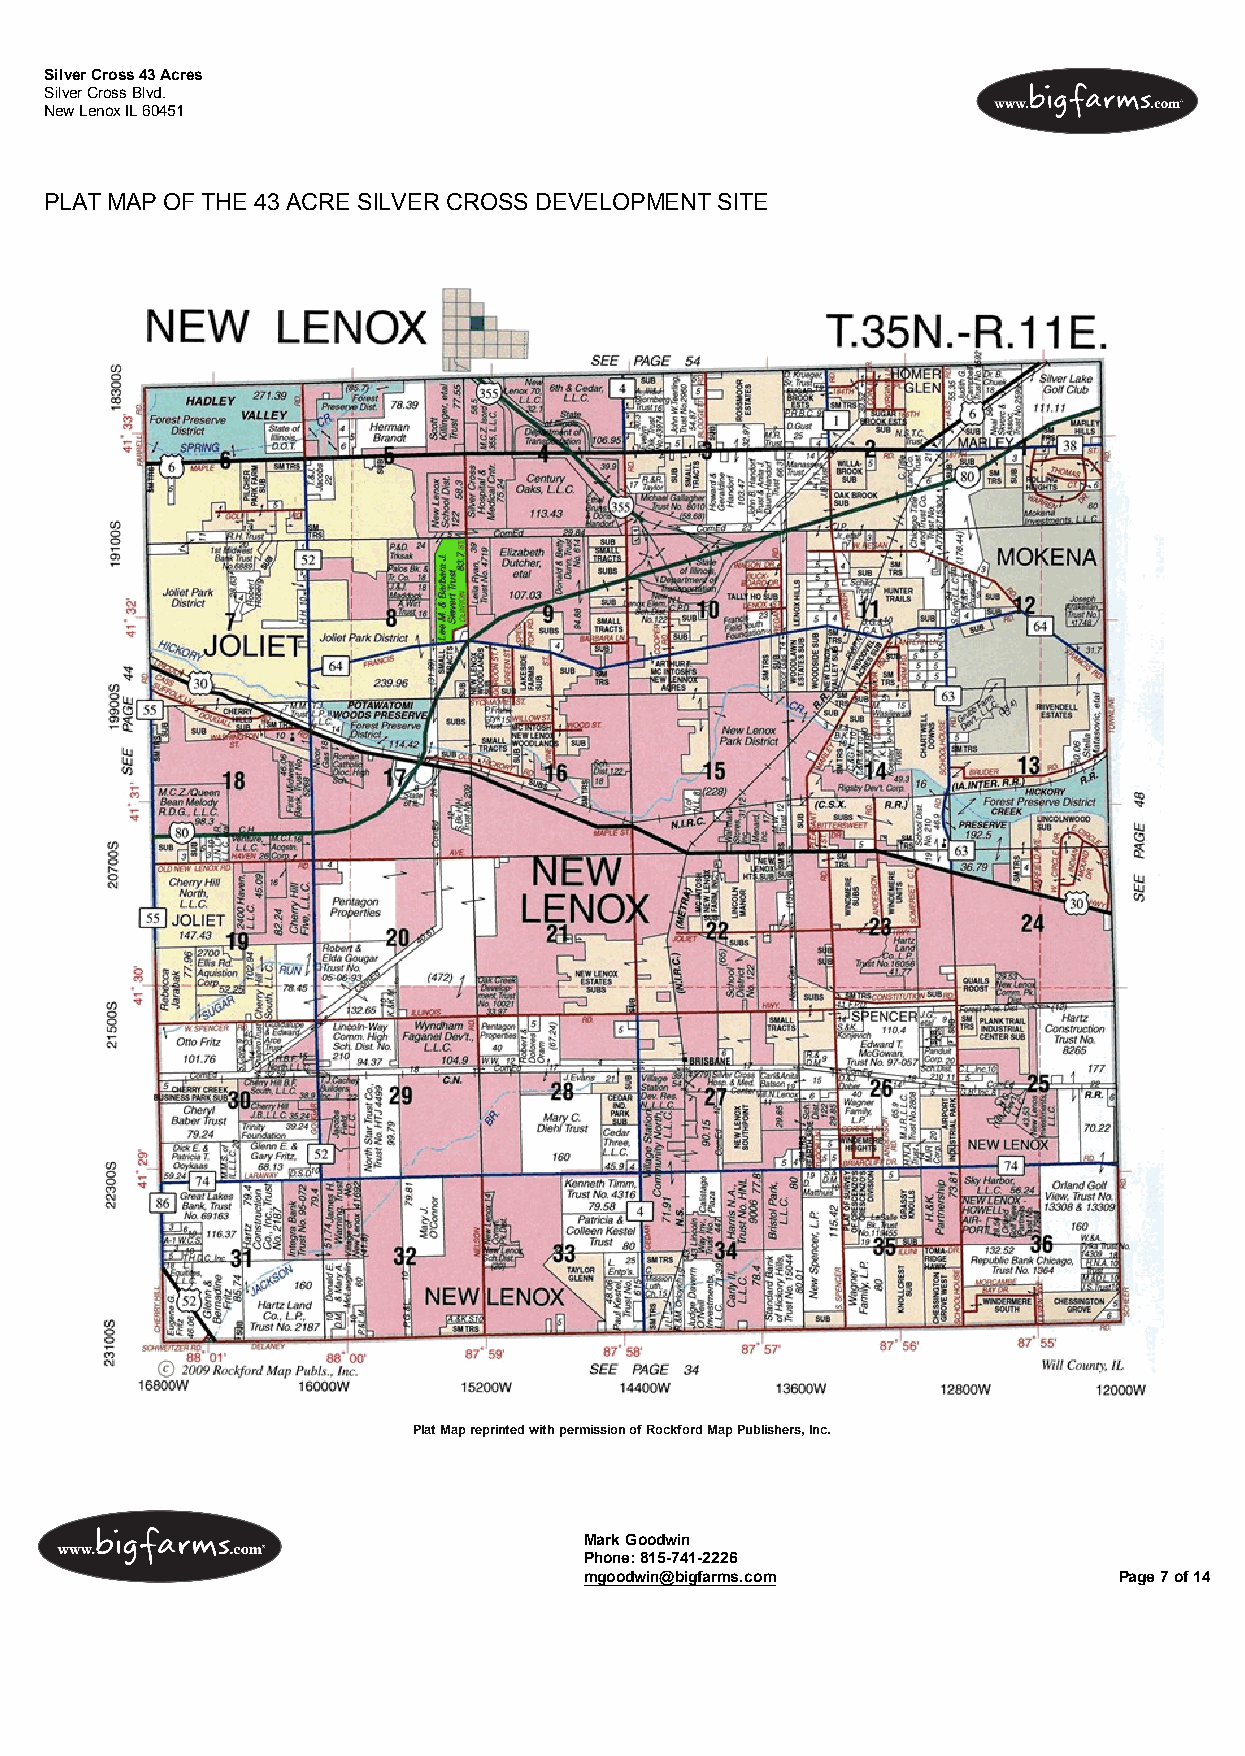
Silver Cross 43 Acres
 Silver Cross Blvd.
 New Lenox IL 60451
 PLAT MAP OF THE 43 ACRE SILVER CROSS DEVELOPMENT SITE
 Plat Map reprinted with permission of Rockford Map Publishers, Inc.
 Mark Goodwin
 Phone: 815-741-2226
 mgoodwin@bigfarms.com              Page 7 of 14